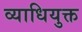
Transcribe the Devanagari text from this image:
व्याधियुक्त